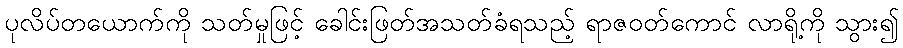
ပုလိပ်တယောက်ကို သတ်မှုဖြင့် ခေါင်းဖြတ်အသတ်ခံရသည့် ရာဇဝတ်ကောင် လာရို့ကို သွား၍